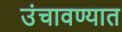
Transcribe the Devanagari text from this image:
उंचावण्यात